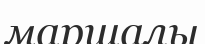
маршалы